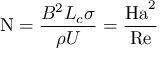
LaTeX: \mathrm { N } = { \frac { B ^ { 2 } L _ { c } \sigma } { \rho U } } = { \frac { \mathrm { H a } ^ { 2 } } { \mathrm { R e } } }